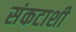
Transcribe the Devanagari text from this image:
संकटाशी